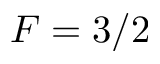
F = 3 / 2